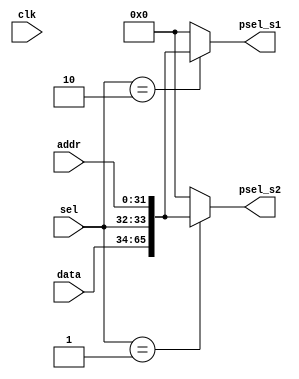
module demux_slave(
  input clk,
  input [1:0] sel,
  input [31:0] data,
  input [31:0] addr,
  output [65:0] psel_s1,
  output [65:0] psel_s2
);

assign psel_s1 = (sel == 2'b10)? {data, sel, addr} : 66'd0;
assign psel_s2 = (sel == 2'b01)? {data, sel, addr} : 66'd0;

endmodule